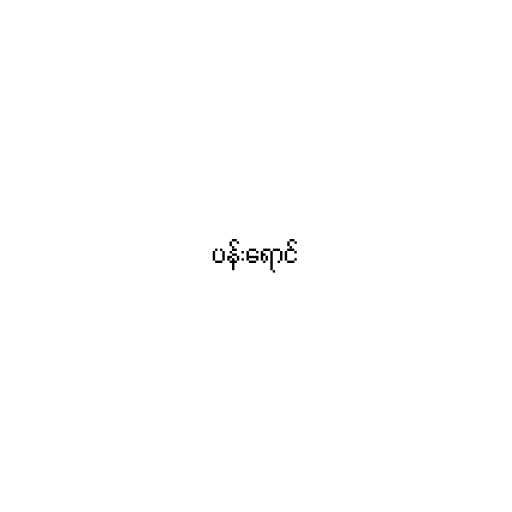
ပန်းရောင်